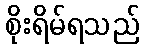
စိုးရိမ်ရသည်